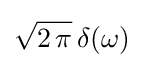
{\sqrt {2\,\pi }}\,\delta (\omega )